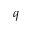
\v q